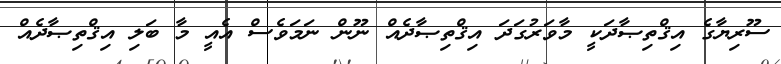
ސޫރިޔާގެ އިޤްތިޞާދަކީ މާވަރުގަދަ އިޤްތިޞާދެއް ނޫން ނަމަވެސް އެއީ މާ ބަލި އިޤްތިޞާދެއް